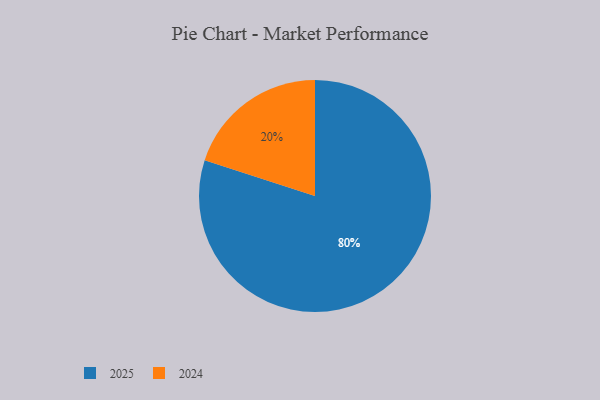
{"axis": {"x": "Category", "y": "Percentage"}, "legend": ["2024", "2025"], "data": [{"x": "2025", "y": 80, "type": "2025"}, {"x": "2024", "y": 20, "type": "2024"}]}